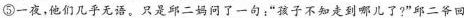
⑤一夜，他们几乎无语。只是邱二妈问了一句：”孩子不知走到哪儿了?”邱二爷回